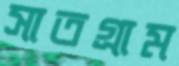
সাতগ্রাম